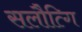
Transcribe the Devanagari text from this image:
सलौत्गि